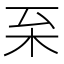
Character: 𣏏